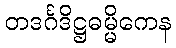
တဒင်္ဂဒိဋ္ဌဓမ္မိကေန